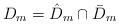
LaTeX: \begin{align*}D_{m}= \hat{D}_{m} \cap \bar{D}_{m}\end{align*}